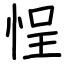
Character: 悜